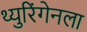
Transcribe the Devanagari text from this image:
थ्युरिंगेनला